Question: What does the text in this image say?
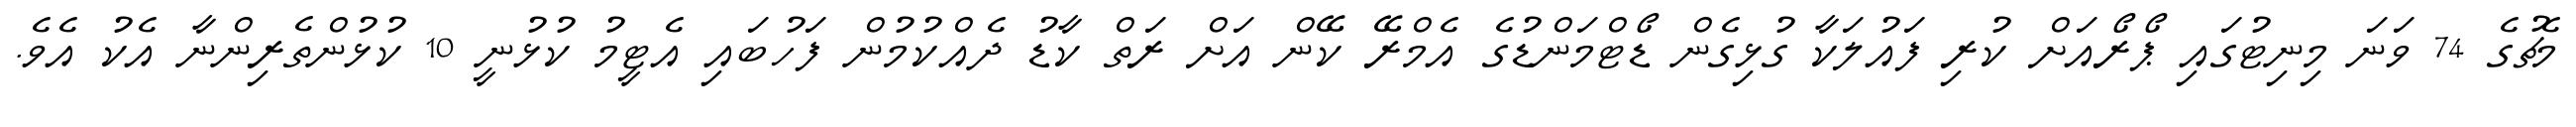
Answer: މެޗުގެ 74 ވަނަ މިނިޓުގައި ޕޯރޯއަށް ކުރި ފައުލަކާ ގުޅިގެން ޑޯޓްމަންޑުގެ އެމްރޭ ކޭން އަށް ރަތް ކާޑު ދެއްކުމުން ފަހުބައި އެޓީމު ކުޅުނީ 10 ކުޅުންތެރިންނާ އެކު އެވެ.